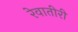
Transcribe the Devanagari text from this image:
रेवातीरी